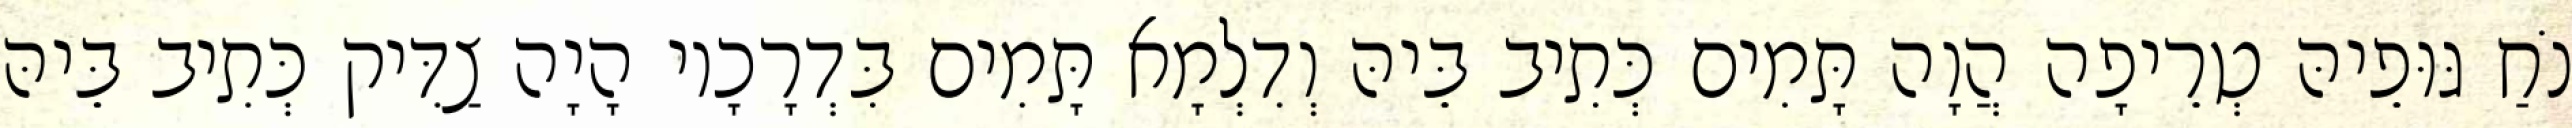
נֹחַ גּוּפֵיהּ טְרֵיפָה הֲוָה תָּמִים כְּתִיב בֵּיהּ וְדִלְמָא תָּמִים בִּדְרָכָיו הָיָה צַדִּיק כְּתִיב בֵּיהּ